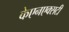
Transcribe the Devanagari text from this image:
केएनएक्सटी